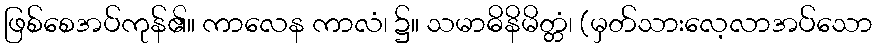
ဖြစ်စေအပ်ကုန်၏။ ကာလေန ကာလံ၊ ၌။ သမာဓိနိမိတ္တံ၊ (မှတ်သားလေ့လာအပ်သော